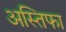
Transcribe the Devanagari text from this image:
अस्तिफा